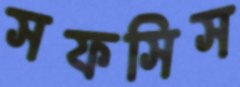
সফসিস